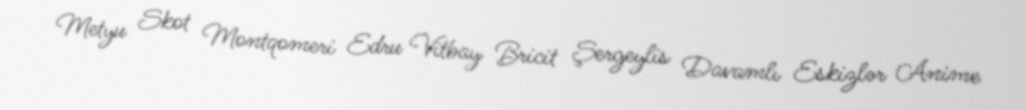
Metyu Skot Montqomeri Edru Vitbay Bricit Şergeylis Davamlı Eskizlər Anime